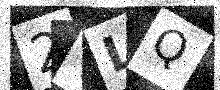
Text: 2TLQ